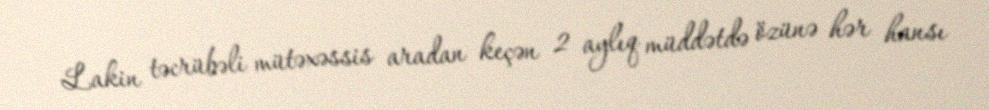
Lakin təcrübəli mütəxəssis aradan keçən 2 aylıq müddətdə özünə hər hansı